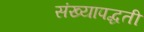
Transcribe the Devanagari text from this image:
संख्यापद्धती